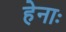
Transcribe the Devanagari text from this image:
हेनाः